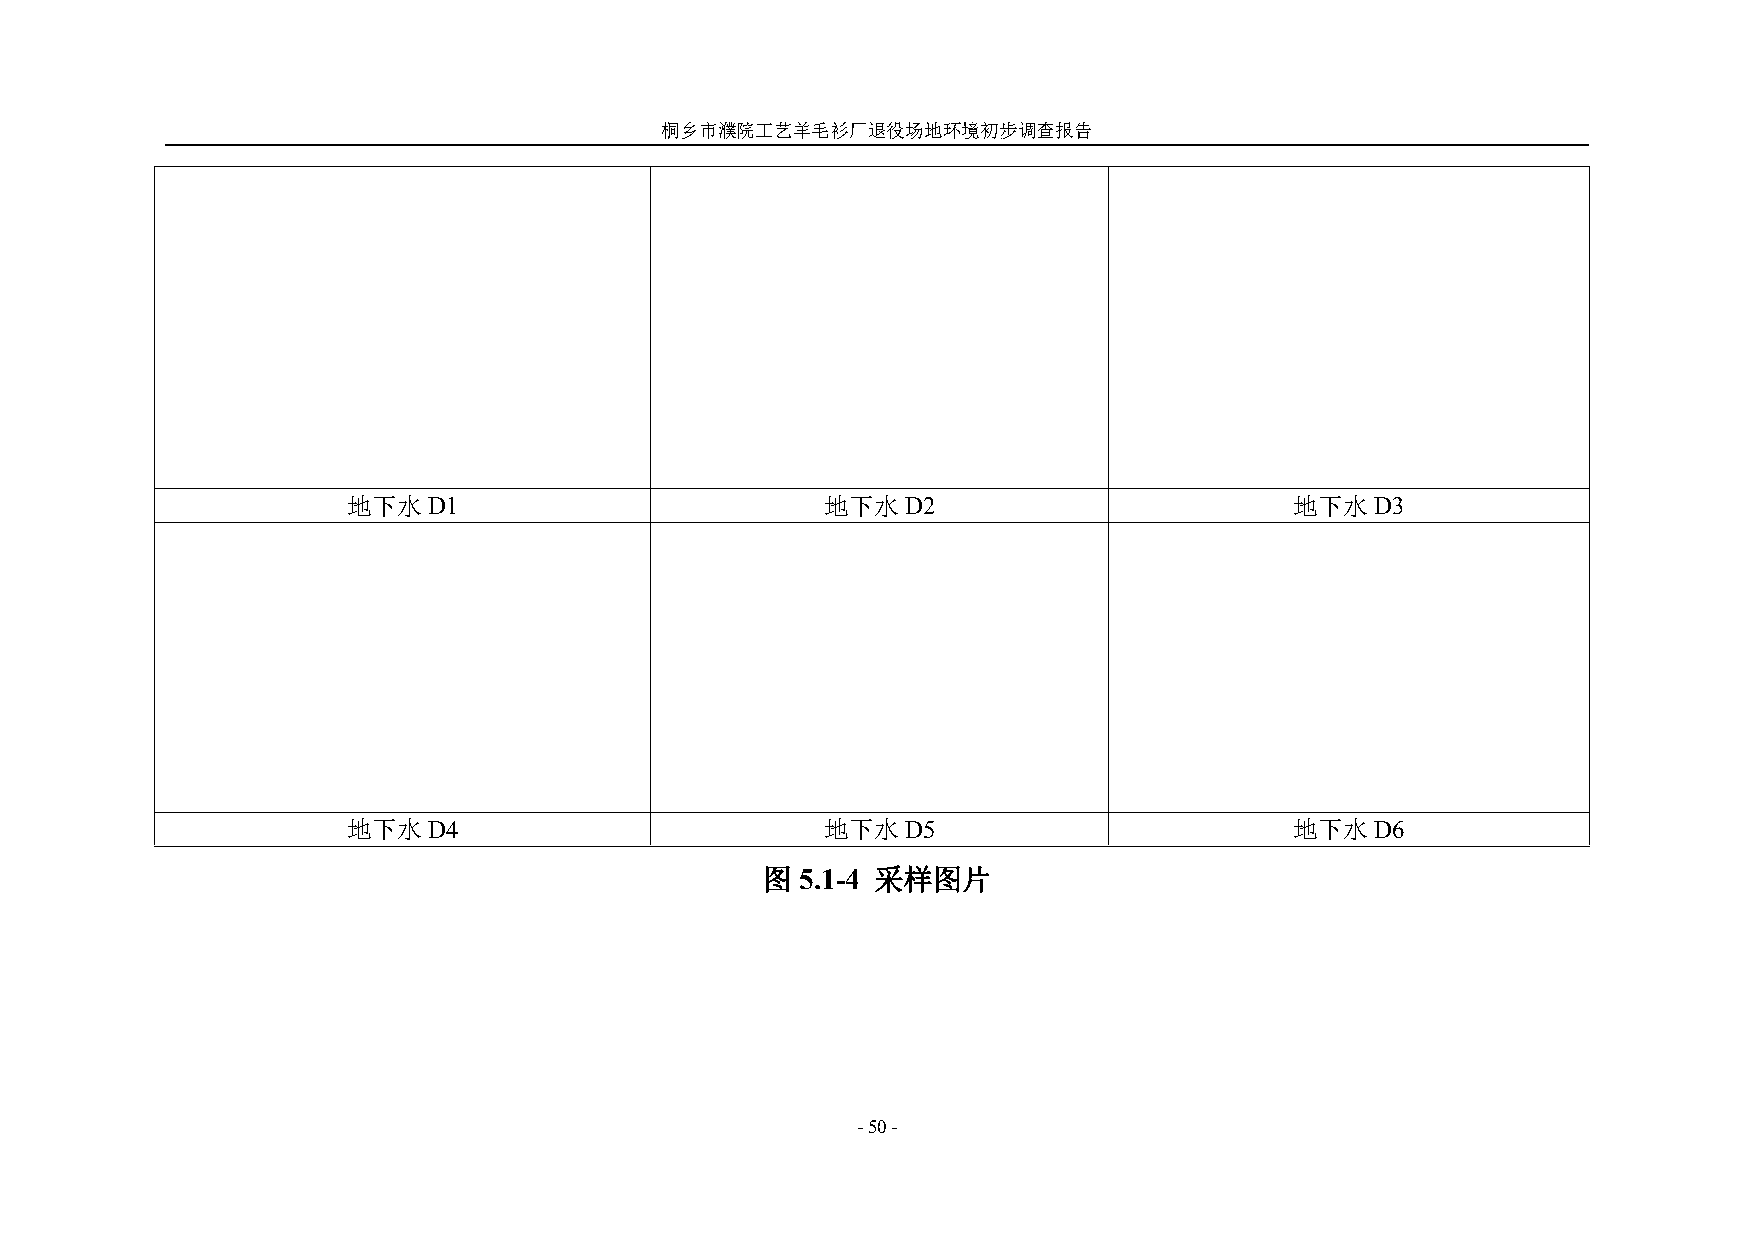
桐乡市濮院工艺羊毛衫厂退役场地环境初步调查报告
 地下水D1                           地下水D2                          地下水D3
 地下水D4                           地下水D5                          地下水D6
 图  5.1-4 采样图片
 -50-